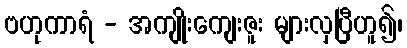
ဗဟုကာရံ - အကျိုးကျေးဇူး များလှပြီဟူ၍၊